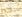
بخير